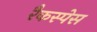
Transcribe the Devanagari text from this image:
रैकस्पेस